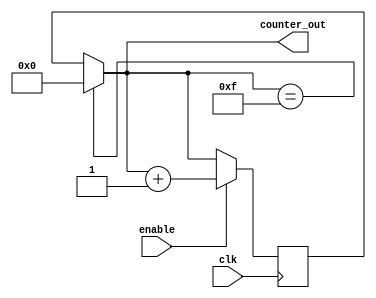
module RingCounter_with_Enable (
    input wire clk,
    input wire enable,
    output reg [3:0] counter_out
);

reg [3:0] counter_next;

always @(posedge clk) begin
    if (enable) begin
        counter_next <= counter_out + 1;
    end else begin
        counter_next <= counter_out;
    end
end

always @* begin
    if (counter_out == 4'b1111) begin
        counter_out <= 4'b0000;
    end else begin
        counter_out <= counter_next;
    end
end

endmodule